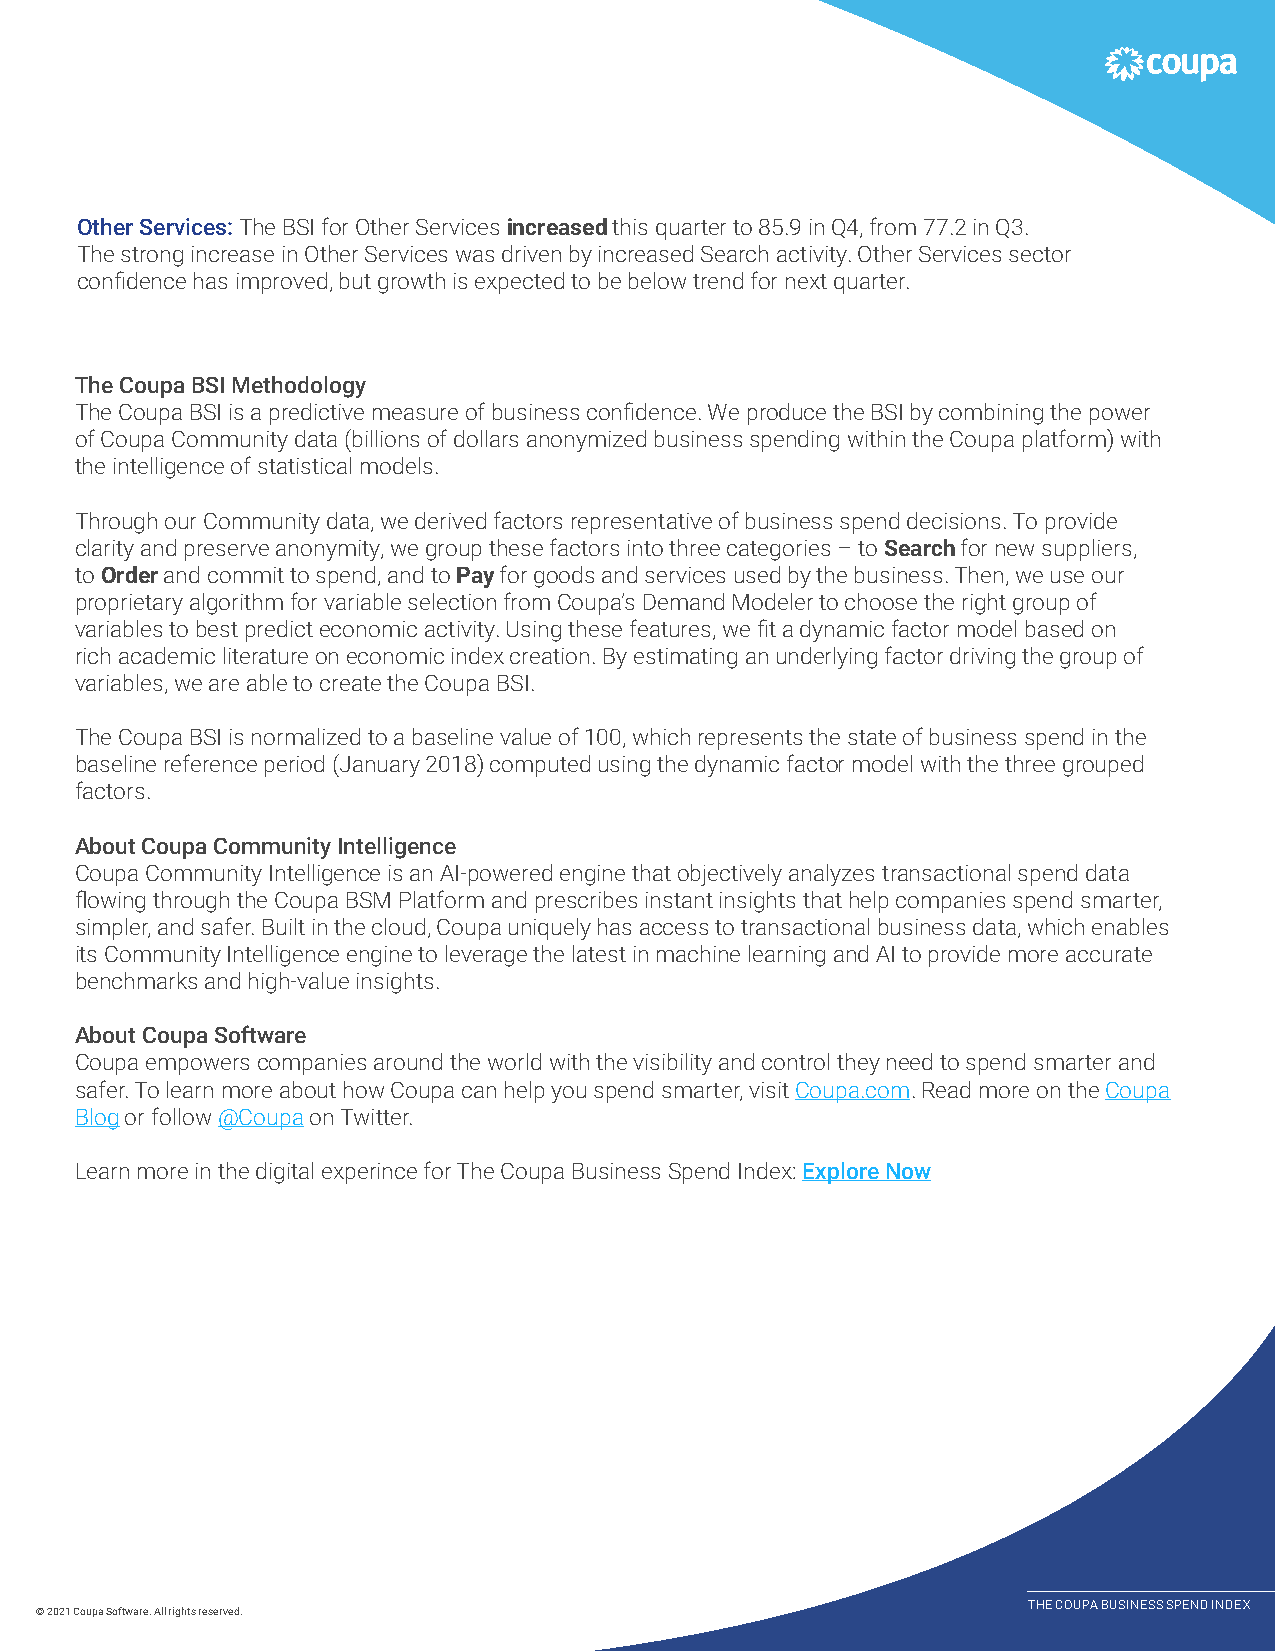
Other Services: The BSI for Other Services increased this quarter to 85.9 in Q4, from 77.2 in Q3.
 The strong increase in Other Services was driven by increased Search activity. Other Services sector
 confidence has improved, but growth is expected to be below trend for next quarter.
 The Coupa BSI Methodology
 The Coupa BSI is a predictive measure of business confidence. We produce the BSI by combining the power
 of Coupa Community data (billions of dollars anonymized business spending within the Coupa platform) with
 the intelligence of statistical models.
 Through our Community data, we derived factors representative of business spend decisions. To provide
 clarity and preserve anonymity, we group these factors into three categories – to Search for new suppliers,
 to Order and commit to spend, and to Pay for goods and services used by the business. Then, we use our
 proprietary algorithm for variable selection from Coupa’s Demand Modeler to choose the right group of
 variables to best predict economic activity. Using these features, we fit a dynamic factor model based on
 rich academic literature on economic index creation. By estimating an underlying factor driving the group of
 variables, we are able to create the Coupa BSI.
 The Coupa BSI is normalized to a baseline value of 100, which represents the state of business spend in the
 baseline reference period (January 2018) computed using the dynamic factor model with the three grouped
 factors.
 About Coupa Community Intelligence
 Coupa Community Intelligence is an AI-powered engine that objectively analyzes transactional spend data
 flowing through the Coupa BSM Platform and prescribes instant insights that help companies spend smarter,
 simpler, and safer. Built in the cloud, Coupa uniquely has access to transactional business data, which enables
 its Community Intelligence engine to leverage the latest in machine learning and AI to provide more accurate
 benchmarks and high-value insights.
 About Coupa Software
 Coupa empowers companies around the world with the visibility and control they need to spend smarter and
 safer. To learn more about how Coupa can help you spend smarter, visit Coupa.com. Read more on the Coupa
 Blog or follow @Coupa on Twitter.
 Learn more in the digital experince for The Coupa Business Spend Index: Explore Now
 THE COUPA BUSINESS SPEND INDEX
 © 2021 Coupa Software. All rights reserved.